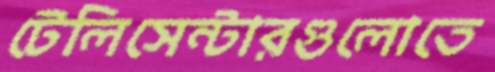
টেলিসেন্টারগুলোতে